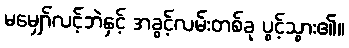
မမျှော်လင့်ဘဲနှင့် အခွင့်လမ်းတစ်ခု ပွင့်သွား၏။